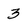
Character: 3